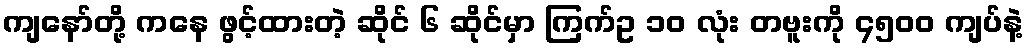
ကျနော်တို့ ကနေ ဖွင့်ထားတဲ့ ဆိုင် ၆ ဆိုင်မှာ ကြက်ဥ ၁၀ လုံး တဗူးကို ၄၅၀၀ ကျပ်နဲ့